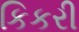
કિકરી